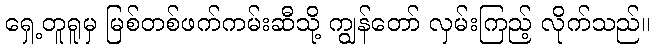
ရှေ့တူရူမှ မြစ်တစ်ဖက်ကမ်းဆီသို့ ကျွန်တော် လှမ်းကြည့် လိုက်သည်။